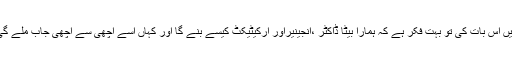
ہمیں اس بات کی تو بہت فکر ہے کہ ہمارا بیٹا ڈاکٹر ،انجینیراور آرکیٹیکٹ کیسے بنے گا اور کہاں اسے اچھی سے اچھی جاب ملے گی؟